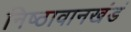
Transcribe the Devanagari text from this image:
निष्ठावानखंडं